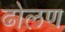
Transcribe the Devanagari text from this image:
ढोलण